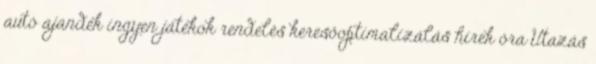
autó ajándék ingyen játékok rendelés keresőoptimalizálás hírek óra Utazás